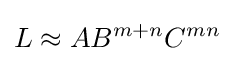
L\approx AB^{m+n}C^{mn}